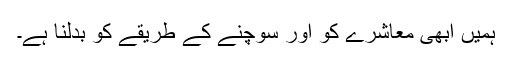
ہمیں ابھی معاشرے کو اور سوچنے کے طریقے کو بدلنا ہے۔